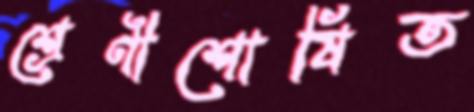
শ্রেণীশোষিত